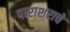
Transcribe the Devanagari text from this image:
पाराशराचे